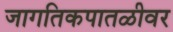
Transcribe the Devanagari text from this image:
जागतिकपातळीवर